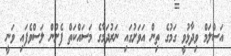
އަސްލަމް ވިދާޅުވީ ގަމުގެ ތިން އަވަށުގައި ނަރުދަމާގެ މަސައްކަތް ފެށުން ލަސްވެފައި ވަނީ